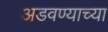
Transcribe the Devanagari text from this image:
अडवण्याच्या